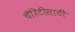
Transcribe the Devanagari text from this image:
चॅरिटीसाठी